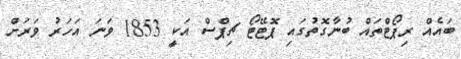
ބައެއް ރިޕޯޓްތައް ބުނާގޮތުގައި ޕޮޓޭޓޯ ޗިޕްސް އަކީ 1853 ވަނަ އަހަރު ވަރަށް